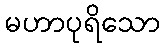
မဟာပုရိသော